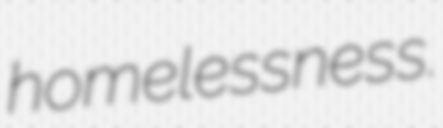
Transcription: homelessness.